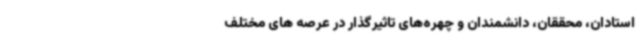
استادان، محققان، دانشمندان و چهره‌های تاثیرگذار در عرصه های مختلف